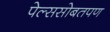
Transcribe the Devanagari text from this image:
पेल्ससोबतपण